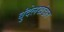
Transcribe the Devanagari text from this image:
बुंदेलखंडात